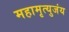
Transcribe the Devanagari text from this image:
महामृत्युजंय